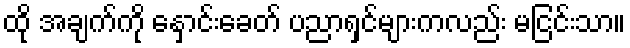
ထို အချက်ကို နှောင်းခေတ် ပညာရှင်များကလည်း မငြင်းသာ။